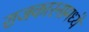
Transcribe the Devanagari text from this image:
राजकारनामध्ये